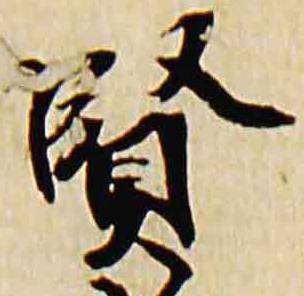
賢